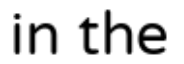
in the